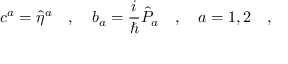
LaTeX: c ^ { a } = \hat { \eta } ^ { a } \ \ \ , \ \ \ b _ { a } = \frac { i } { \hbar } \hat { { \cal P } } _ { a } \ \ \ , \ \ \ a = 1 , 2 \ \ \ ,